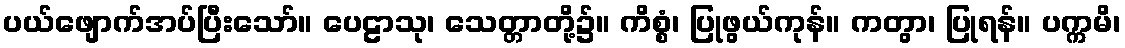
ပယ်ဖျောက်အပ်ပြီးသော်။ ပေဠာသု၊ သေတ္တာတို့၌။ ကိစ္စံ၊ ပြုဖွယ်ကုန်။ ကတွာ၊ ပြုရန်။ ပက္ကမိ၊